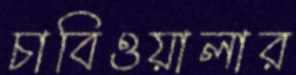
চাবিওয়ালার